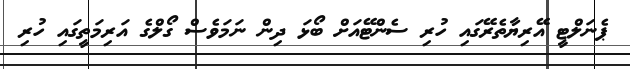
ޕެނަލްޓީ އޭރިޔާތެރޭގައި ހުރި ސެންޓޭއަށް ބޯޅަ ދިން ނަމަވެސް ގޯލްގެ އަރިމަތީގައި ހުރި